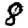
Digit: 8